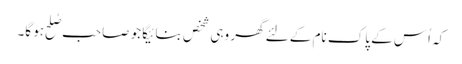
کہ اُس کے پاک نام کے لئے گھر وہی شخص بنائیگا جو صاحب صُلح ہو گا۔